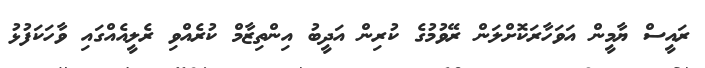
ރައީސް ޔާމީން އަވަހާރަކޮށްލަން ރޭވުމުގެ ކުރިން އަދީބު އިންތިޒާމް ކުރެއްވި ރެލީއެއްގައި ވާހަކަފުޅު